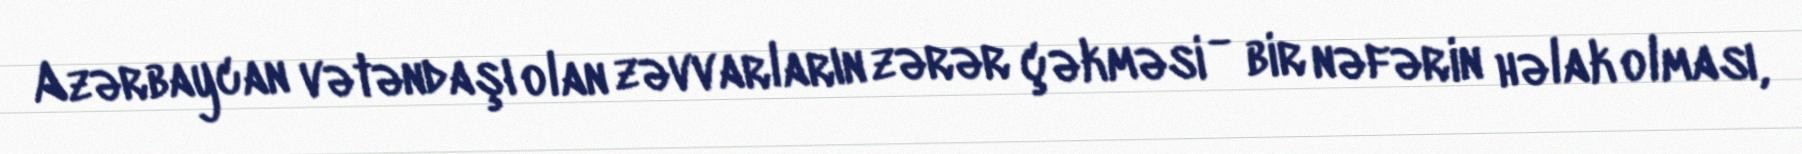
Azərbaycan vətəndaşı olan zəvvarların zərər çəkməsi - bir nəfərin həlak olması,